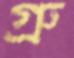
গ্রু